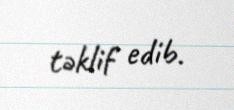
təklif edib.